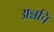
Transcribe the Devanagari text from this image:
अन्नचि